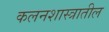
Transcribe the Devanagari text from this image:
कलनशास्त्रातील